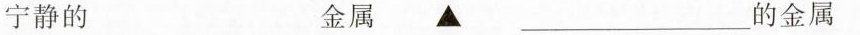
宁静的 金属 ▲ ___的金属